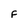
Character: F